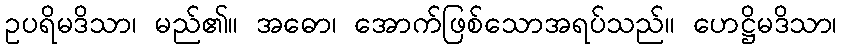
ဥပရိမဒိသာ၊ မည်၏။ အဓော၊ အောက်ဖြစ်သောအရပ်သည်။ ဟေဋ္ဌိမဒိသာ၊